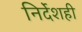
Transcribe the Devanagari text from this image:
निर्देशही